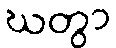
ဃတွာ